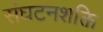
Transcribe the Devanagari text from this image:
संघटनशक्ति